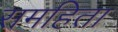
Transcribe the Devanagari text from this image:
समहिता